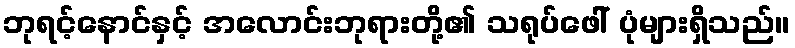
ဘုရင့်နောင်နှင့် အလောင်းဘုရားတို့၏ သရုပ်ဖေါ် ပုံများရှိသည်။